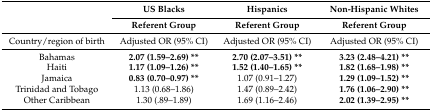
| <ROWSPAN=2>  | US Blacks | Hispanics | Non-Hispanic Whites |
 | Referent Group | Referent Group | Referent Group |
 | --- | --- | --- | --- |
 | Country/region of birth | Adjusted OR (95% CI) | Adjusted OR (95% CI) | Adjusted OR (95% CI) |
 | Bahamas | 2.07 (1.59–2.69) ** | 2.70 (2.07–3.51) ** | 3.23 (2.48–4.21) ** |
 | Haiti | 1.17 (1.09–1.26) ** | 1.52 (1.40–1.65) ** | 1.82 (1.68–1.98) ** |
 | Jamaica | 0.83 (0.70–0.97) ** | 1.07 (0.91–1.27) | 1.29 (1.09–1.52) ** |
 | Trinidad and Tobago | 1.13 (0.68–1.86) | 1.47 (0.89–2.42) | 1.76 (1.06–2.90) ** |
 | Other Caribbean | 1.30 (.89–1.89) | 1.69 (1.16–2.46) | 2.02 (1.39–2.95) ** |